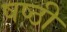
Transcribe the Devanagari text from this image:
षष्‍ठी